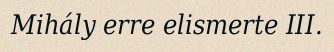
Mihály erre elismerte III.